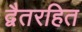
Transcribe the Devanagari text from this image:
द्वैतरहित